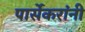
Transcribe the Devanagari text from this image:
पार्सेकरांंनी